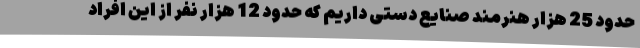
حدود 25 هزار هنرمند صنایع دستی داریم که حدود 12 هزار نفر از این افراد